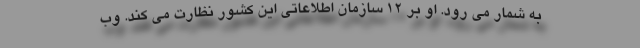
به شمار می رود. او بر 12 سازمان اطلاعاتی این کشور نظارت می کند. وب